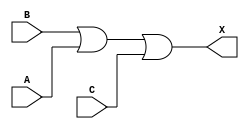
module sky130_fd_sc_ls__or3_1 (
    X,
    A,
    B,
    C
);
    output X;
    input  A;
    input  B;
    input  C;
    wire or0_out_X;
    or  or0  (or0_out_X, B, A, C        );
    buf buf0 (X        , or0_out_X      );
endmodule